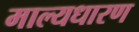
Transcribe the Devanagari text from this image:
माल्यधारण